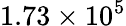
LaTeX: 1.73\times 10^{5}